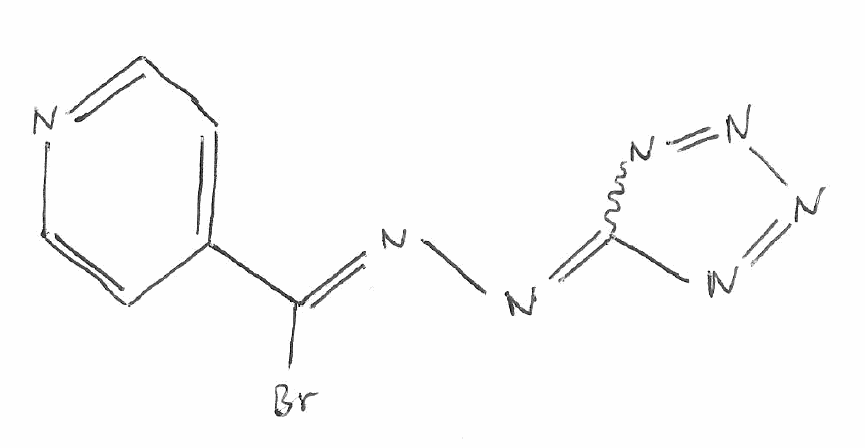
Simplified molecular-input line-entry system (SMILES) notation of the given molecule:
C1=CN=CC=C1/C(=N/N=C2N=NN=N2)/Br